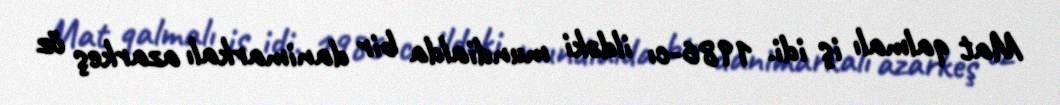
Mat qalmalı iş idi. 1986-cı ildəki mundialda bir danimarkalı azarkeş öz